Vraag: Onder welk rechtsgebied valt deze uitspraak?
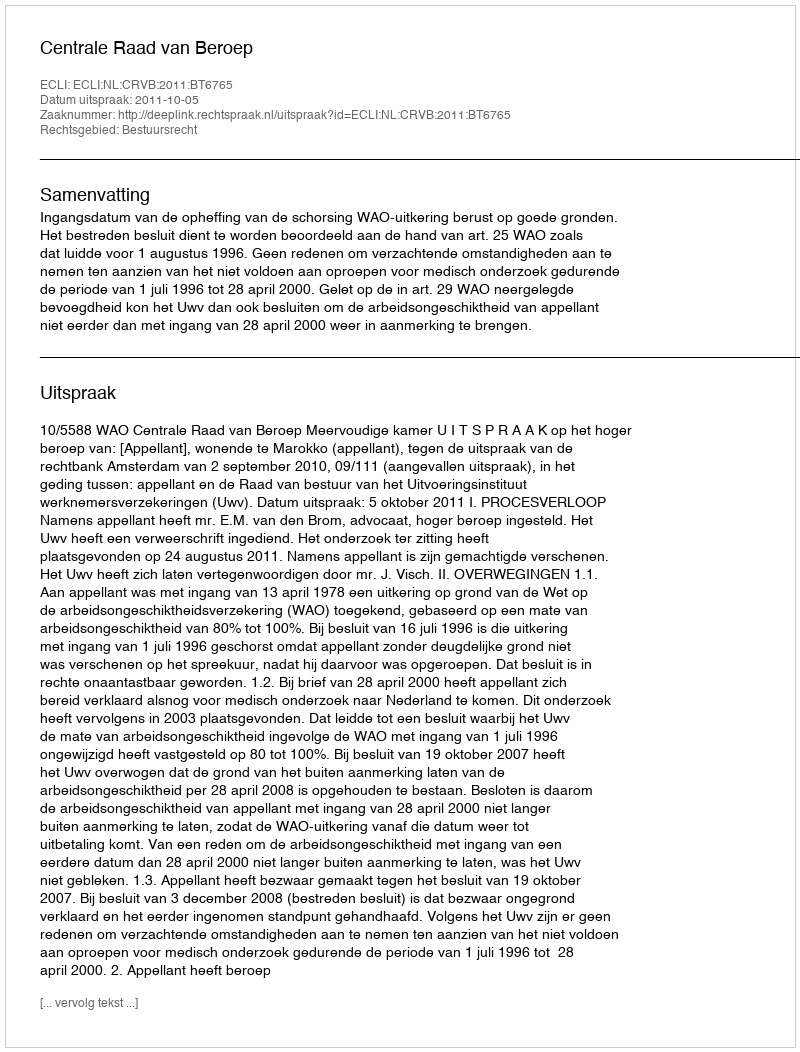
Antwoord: Bestuursrecht